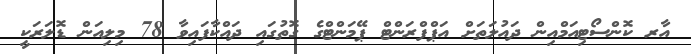
އާރ ކޮންސޯޓިއަމްއިން ދައުލަތަށް އަޕްފްރަންޓް ޕޭމަންޓްގެ ގޮތުގައި ދައްކާފައިވާ 78 މިލިއަން ޑޮލަރަކީ